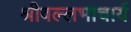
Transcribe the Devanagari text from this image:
श्रीवल्‍लभाचार्य